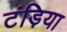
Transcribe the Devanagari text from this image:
टंड़िया